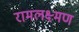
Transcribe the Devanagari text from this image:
रामलक्ष्मण